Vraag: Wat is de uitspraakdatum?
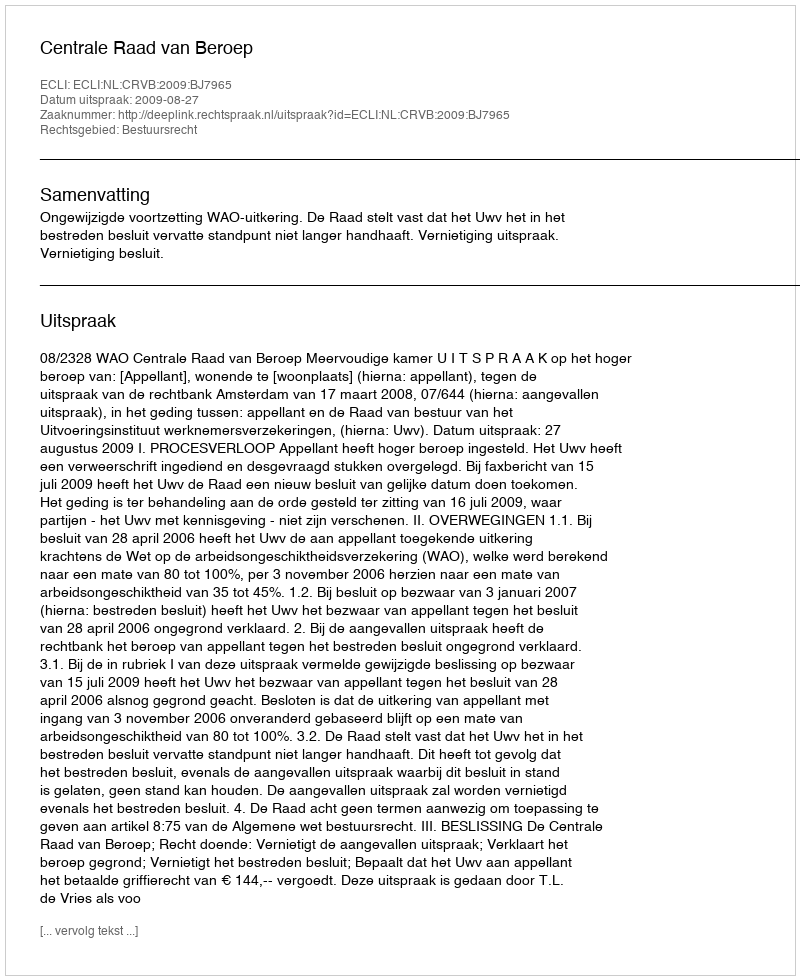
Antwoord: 2009-08-27